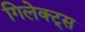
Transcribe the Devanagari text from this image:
गिलेक्ट्स